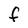
Character: F